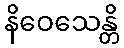
နိဝေသေန္တိ